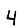
Digit: 4